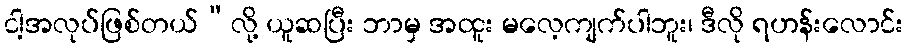
ငါ့အလုပ်ဖြစ်တယ်”လို့ ယူဆပြီး ဘာမှ အထူး မလေ့ကျက်ပါဘူး၊ ဒီလို ရဟန်းလောင်း